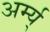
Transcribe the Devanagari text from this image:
अर्म्य्